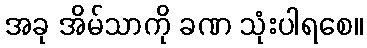
အခု အိမ်သာကို ခဏ သုံးပါရစေ။